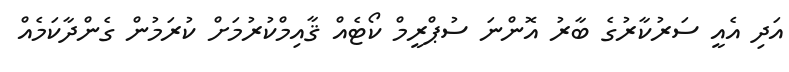
އަދި އެއީ ސަރުކާރުގެ ބާރު އޮންނަ ސުޕްރީމް ކޯޓެއް ޤާއިމްކުރުމަށް ކުރަމުން ގެންދާކަމެއް